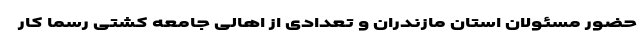
حضور مسئولان استان مازندران و تعدادی از اهالی جامعه کشتی رسما کار